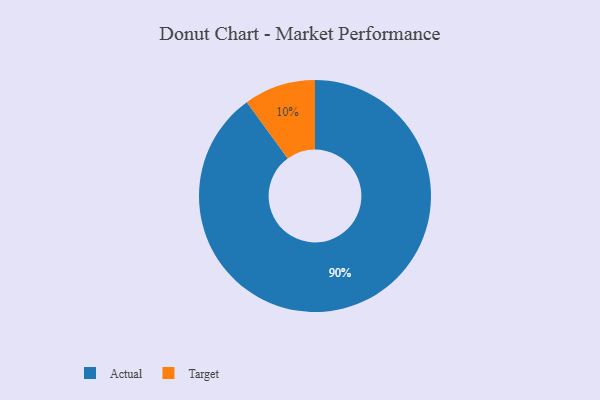
{"axis": {"x": "Category", "y": "Percentage"}, "legend": ["Actual", "Target"], "data": [{"x": "Target", "y": 10, "type": "Target"}, {"x": "Actual", "y": 90, "type": "Actual"}]}